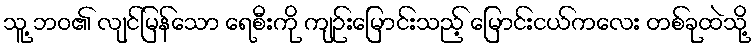
သူ့ ဘဝ၏ လျင်မြန်သော ရေစီးကို ကျဉ်းမြောင်းသည့် မြောင်းငယ်ကလေး တစ်ခုထဲသို့